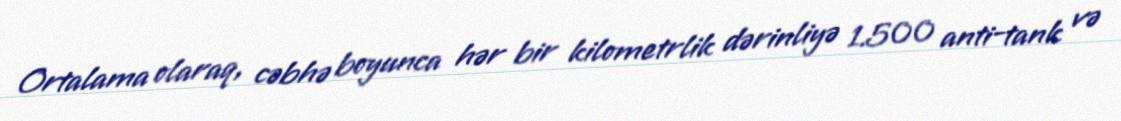
Ortalama olaraq, cəbhə boyunca hər bir kilometrlik dərinliyə 1.500 anti-tank və